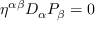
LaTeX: \eta ^ { \alpha \beta } D _ { \alpha } P _ { \beta } = 0